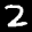
Label: 2